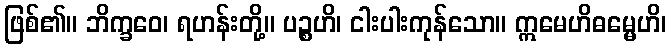
ဖြစ်၏။ ဘိက္ခဝေ၊ ရဟန်းတို့။ ပဉ္စဟိ၊ ငါးပါးကုန်သော။ ဣမေဟိဓမ္မေဟိ၊